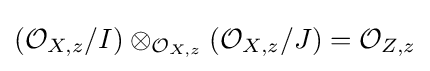
\left({\mathcal {O}}_{X,z}/I\right)\otimes _{{\mathcal {O}}_{X,z}}\left({\mathcal {O}}_{X,z}/J\right)={\mathcal {O}}_{Z,z}